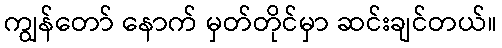
ကျွန်တော် နောက် မှတ်တိုင်မှာ ဆင်းချင်တယ်။